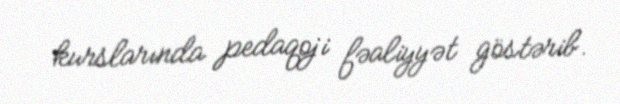
kurslarında pedaqoji fəaliyyət göstərib.